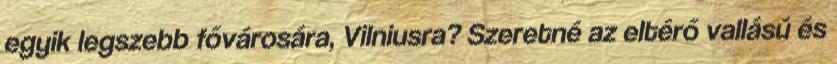
egyik legszebb fővárosára, Vilniusra? Szeretné az eltérő vallású és